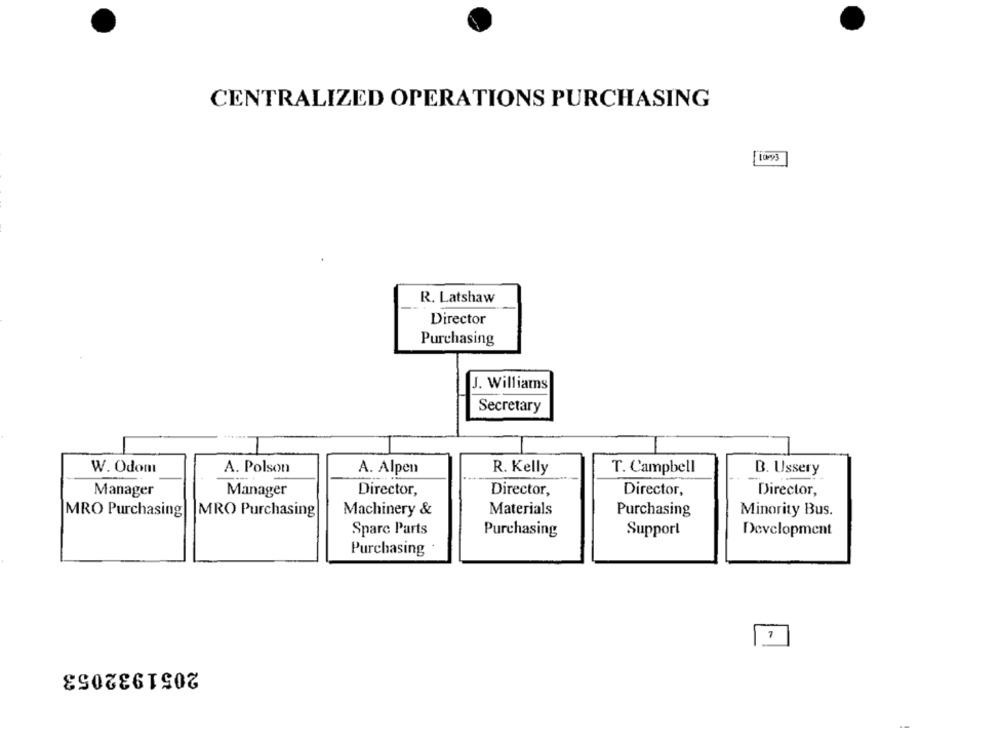
CENTRALIZED OPERATIONS PURCHASING
R. Latshaw
Director
Purchasing
J. Williams
Secretary
W. Odom
A. Polson
A. Alpen
R. Kelly
T. Campbell
B. Ussery
Manager
Manager
Director,
Director,
Director,
Director,
MRO Purchasing
MRO Purchasing
Machinery &
Materials
Purchasing
Minority Bus.
Spare Parts
Purchasing
Support
Development
Purchasing
7
2051932053